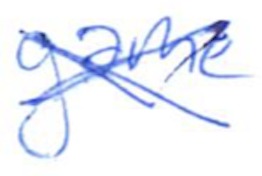
Text: game
Cross-out: cross
Writing tool: ballpoint